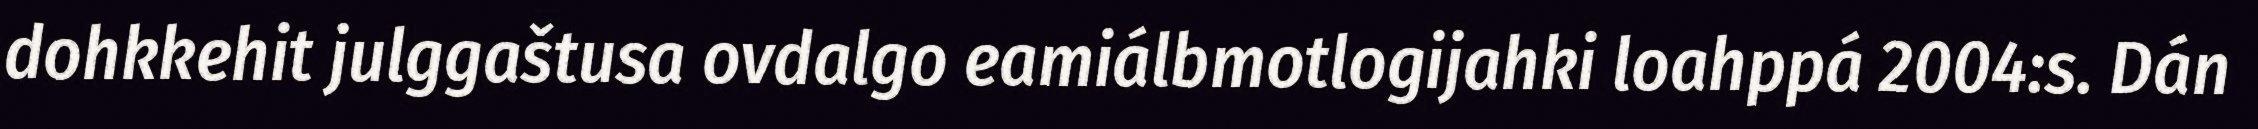
dohkkehit julggaštusa ovdalgo eamiálbmotlogijahki loahppá 2004:s. Dán